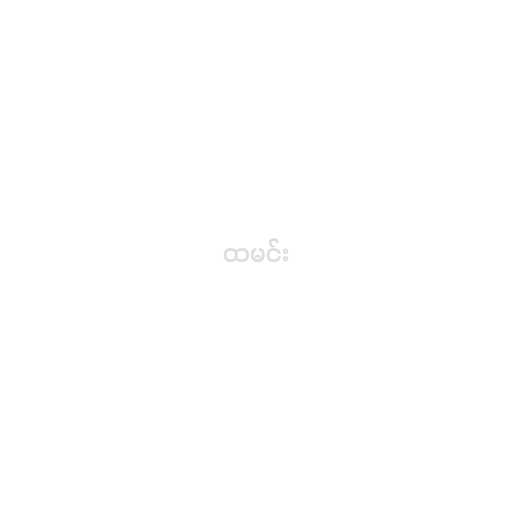
ထမင်း